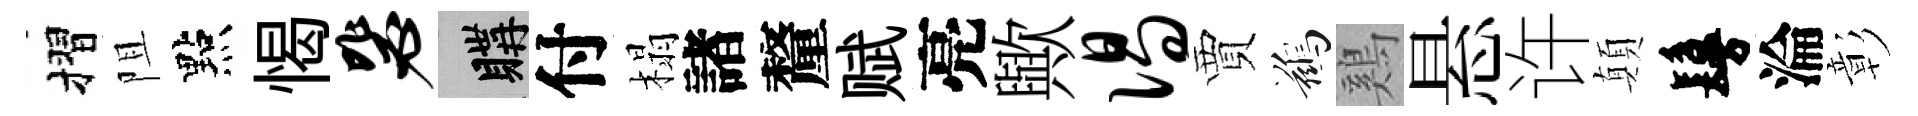
摺阻點愒毖購付榻諸釐赋亮歟偈賈鷀鷄悬许顛鬘淪彰